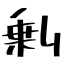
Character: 剰